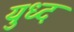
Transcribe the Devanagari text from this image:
युध्‍द